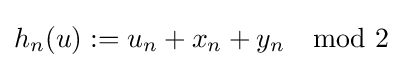
h_{n}(u):=u_{n}+x_{n}+y_{n}\mod 2